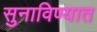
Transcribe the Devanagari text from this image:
सुनाविण्यात